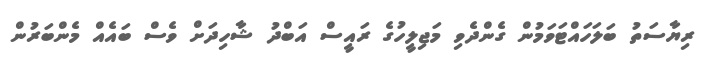
ރިޔާސަތު ބަލަހައްޓަވަމުން ގެންދެވި މަޖިލީހުގެ ރައީސް އަބްދު ޝާހިދަށް ވެސް ބައެއް މެންބަރުން